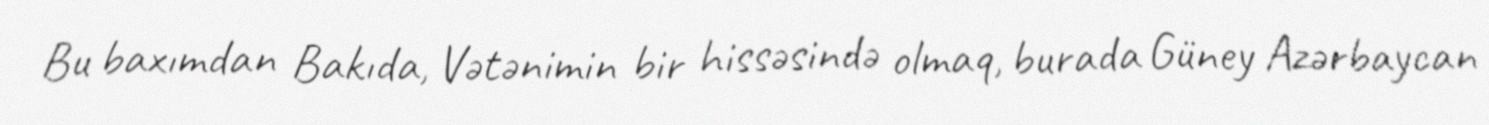
Bu baxımdan Bakıda, Vətənimin bir hissəsində olmaq, burada Güney Azərbaycan